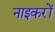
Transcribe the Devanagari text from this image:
नाइकरों